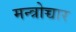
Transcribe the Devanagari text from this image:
मन्त्रोच्चार